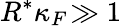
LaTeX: R^{*}\kappa_{F}\! \gg 1